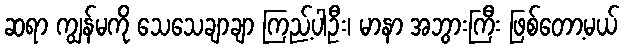
ဆရာ ကျွန်မကို သေသေချာချာ ကြည့်ပါဦး၊ မာနာ အဘွားကြီး ဖြစ်တော့မယ်